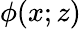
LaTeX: \phi(x;z)